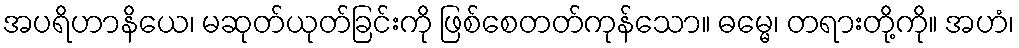
အပရိဟာနိယေ၊ မဆုတ်ယုတ်ခြင်းကို ဖြစ်စေတတ်ကုန်သော။ ဓမ္မေ၊ တရားတို့ကို။ အဟံ၊